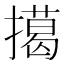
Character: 擖